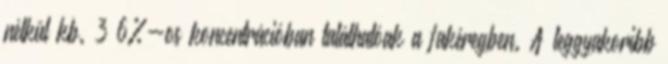
nélkül kb. 3−6%-os koncentrációban találhatóak a fakéregben. A leggyakoribb